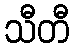
သီတီ